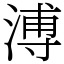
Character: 溥